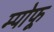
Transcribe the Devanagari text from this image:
म्पोफू